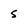
Character: 5